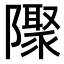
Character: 𨽁